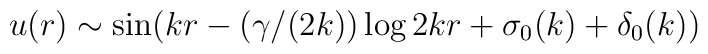
u(r)\sim\sin (kr-(\gamma/(2k))\log 2kr +\sigma_0(k) + \delta_0(k))